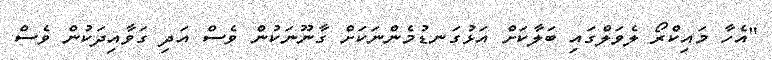
"އެހާ މައިކްރޯ ލެވަލްގައި ބަލާކަށް އަޅުގަނޑުމެންނަކަށް ގާނޫނަކުން ވެސް އަދި ގަވާއިދަކުން ވެސް